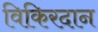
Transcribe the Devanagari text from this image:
विकिरदान